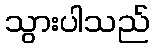
သွားပါသည်